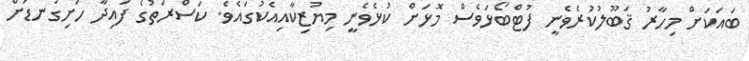
ބައަކަށް މިހާރު ޤަބޫލުކުރެވެނީ ފުޓްބޯޅަވެސް މޮޅަށް ކުޅެވެނީ މިޔުޒިކާއިއެކުގައެވެ. ކަސްރަތުގެ ފައިދާ ހަށިގަނޑަށް